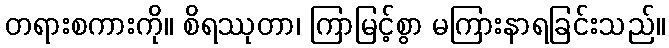
တရားစကားကို။ စိရဿုတာ၊ ကြာမြင့်စွာ မကြားနာရခြင်းသည်။